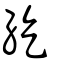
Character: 紇